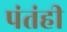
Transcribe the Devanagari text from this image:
पंतंही